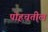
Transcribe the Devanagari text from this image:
पोहचतील